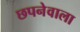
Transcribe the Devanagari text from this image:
छपनेवाला